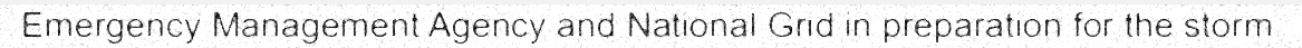
Emergency Management Agency and National Grid in preparation for the storm.